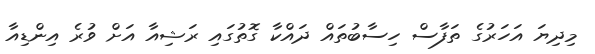
މިދިޔަ އަހަރުގެ ތަފާސް ހިސާބުތައް ދައްކާ ގޮތުގައި ރަޝިއާ އަށް ވުރެ އިންޑިއާ